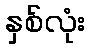
နှစ်လုံး